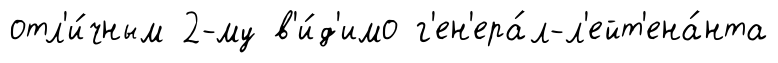
отл'и́чным 2-му в'и́д'имо г'ен'ера́л-л'ейт'ена́нта